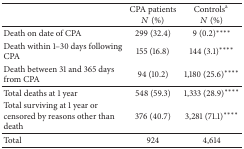
<table><thead><tr><td><b> </b></td><td><b>CPA patients<i>N</i> (%)</b></td><td><b>Controls<sup>a</sup> <i>N</i> (%)</b></td></tr></thead><tbody><tr><td>Death on date of CPA</td><td>299 (32.4)</td><td>9 (0.2)<sup>****</sup></td></tr><tr><td>Death within 1–30 days following CPA</td><td>155 (16.8)</td><td>144 (3.1)<sup>****</sup></td></tr><tr><td>Death between 31 and 365 days from CPA</td><td>94 (10.2)</td><td>1,180 (25.6)<sup>****</sup></td></tr><tr><td>Total deaths at 1 year</td><td>548 (59.3)</td><td>1,333 (28.9)<sup>****</sup></td></tr><tr><td>Total surviving at 1 year or censored by reasons other than death</td><td>376 (40.7)</td><td>3,281 (71.1)<sup>****</sup></td></tr><tr><td>Total</td><td>924</td><td>4,614</td></tr></tbody></table>